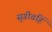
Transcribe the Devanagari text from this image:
सुग्रीवहिं